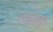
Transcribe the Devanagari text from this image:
लाकडीपूल